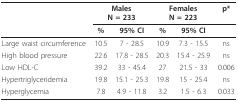
<table><thead><tr><td></td><td colspan="2"><b>MalesN = 233</b></td><td colspan="2"><b>FemalesN = 223</b></td><td><b>p*</b></td></tr><tr><td></td><td><b>%</b></td><td><b>95% CI</b></td><td><b>%</b></td><td><b>95% CI</b></td><td></td></tr></thead><tbody><tr><td>Large waist circumference</td><td>10.5</td><td>7 - 28.5</td><td>10.9</td><td>7.3 - 15.5</td><td>ns</td></tr><tr><td>High blood pressure</td><td>22.6</td><td>17.8 - 28.5</td><td>20.3</td><td>15.4 - 25.9</td><td>ns</td></tr><tr><td>Low HDL-C</td><td>39.2</td><td>33 - 45.4</td><td>27</td><td>21.5 - 33</td><td>0.006</td></tr><tr><td>Hypertriglyceridemia</td><td>19.8</td><td>15.1 - 25.3</td><td>19.8</td><td>15 - 25.4</td><td>ns</td></tr><tr><td>Hyperglycemia</td><td>7.8</td><td>4.9 - 11.8</td><td>3.2</td><td>1.5 - 6.3</td><td>0.033</td></tr></tbody></table>